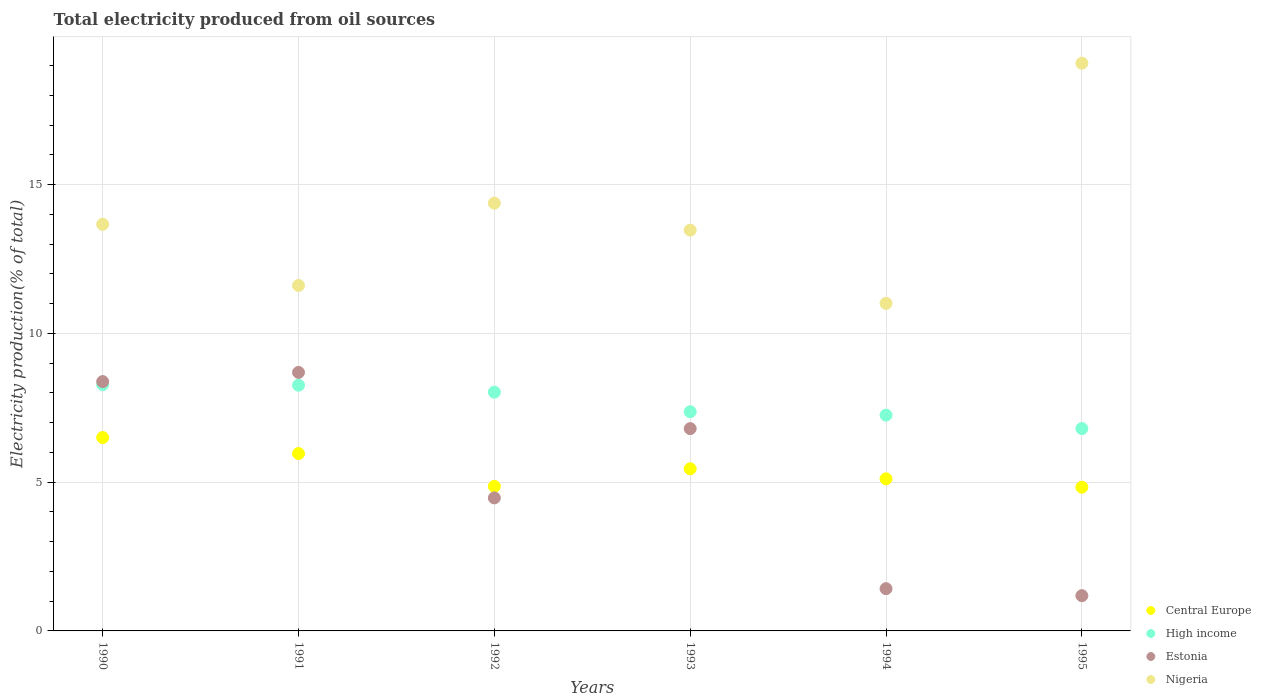
| Years | Central Europe | High income | Estonia | Nigeria |
 | --- | --- | --- | --- | --- |
 | 1990 | 6.5 | 8.28 | 8.38 | 13.7 |
 | 1991 | 5.96 | 8.26 | 8.69 | 11.6 |
 | 1992 | 4.86 | 8.03 | 4.47 | 14.4 |
 | 1993 | 5.45 | 7.37 | 6.8 | 13.5 |
 | 1994 | 5.11 | 7.25 | 1.42 | 11 |
 | 1995 | 4.83 | 6.8 | 1.18 | 19.1 |